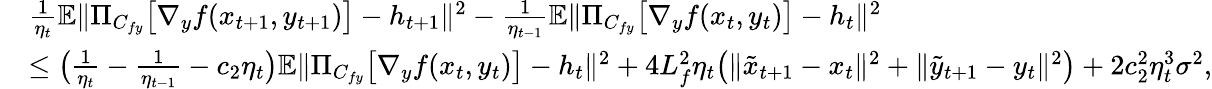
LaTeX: \begin{array}{rl}&{\frac{1}{\eta_{t}}\mathbb{E}\| \Pi_{C_{fy}}\big[\nabla_{y}f(x_{t+1},y_{t+1})\big]-h_{t+1}\| ^{2}-\frac{1}{\eta_{t-1}}\mathbb{E}\| \Pi_{C_{fy}}\big[\nabla_{y}f(x_{t},y_{t})\big]-h_{t}\| ^{2}}\\ &{\leq\big(\frac{1}{\eta_{t}}-\frac{1}{\eta_{t-1}}-c_{2}\eta_{t}\big)\mathbb{E}\| \Pi_{C_{fy}}\big[\nabla_{y}f(x_{t},y_{t})\big]-h_{t}\| ^{2}+4L_{f}^{2}\eta_{t}\big(\| \tilde{x}_{t+1}-x_{t}\| ^{2}+\| \tilde{y}_{t+1}-y_{t}\| ^{2}\big)+2c_{2}^{2}\eta_{t}^{3}\sigma^{2},}\end{array}